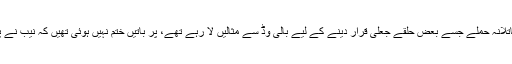
ابھی احسن اقبال کے قاتلانہ حملے جسے بعض حلقے جعلی قرار دینے کے لیے بالی وڈ سے مثالیں لا رہے تھے، پر باتیں ختم نہیں ہوئی تھیں کہ نیب نے پریس ریلیز جاری کیا۔